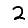
Digit: 2